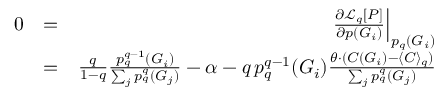
\begin{array} { r l r } { 0 } & { = } & { \left. \frac { \partial \mathcal { L } _ { q } [ P ] } { \partial p ( G _ { i } ) } \right| _ { p _ { q } ( G _ { i } ) } } \\ & { = } & { \frac { q } { 1 - q } \frac { p _ { q } ^ { q - 1 } ( G _ { i } ) } { \sum _ { j } p _ { q } ^ { q } ( G _ { j } ) } - \alpha - q \, p _ { q } ^ { q - 1 } ( G _ { i } ) \frac { \theta \cdot ( C ( G _ { i } ) - \langle C \rangle _ { q } ) } { \sum _ { j } p _ { q } ^ { q } ( G _ { j } ) } } \end{array}